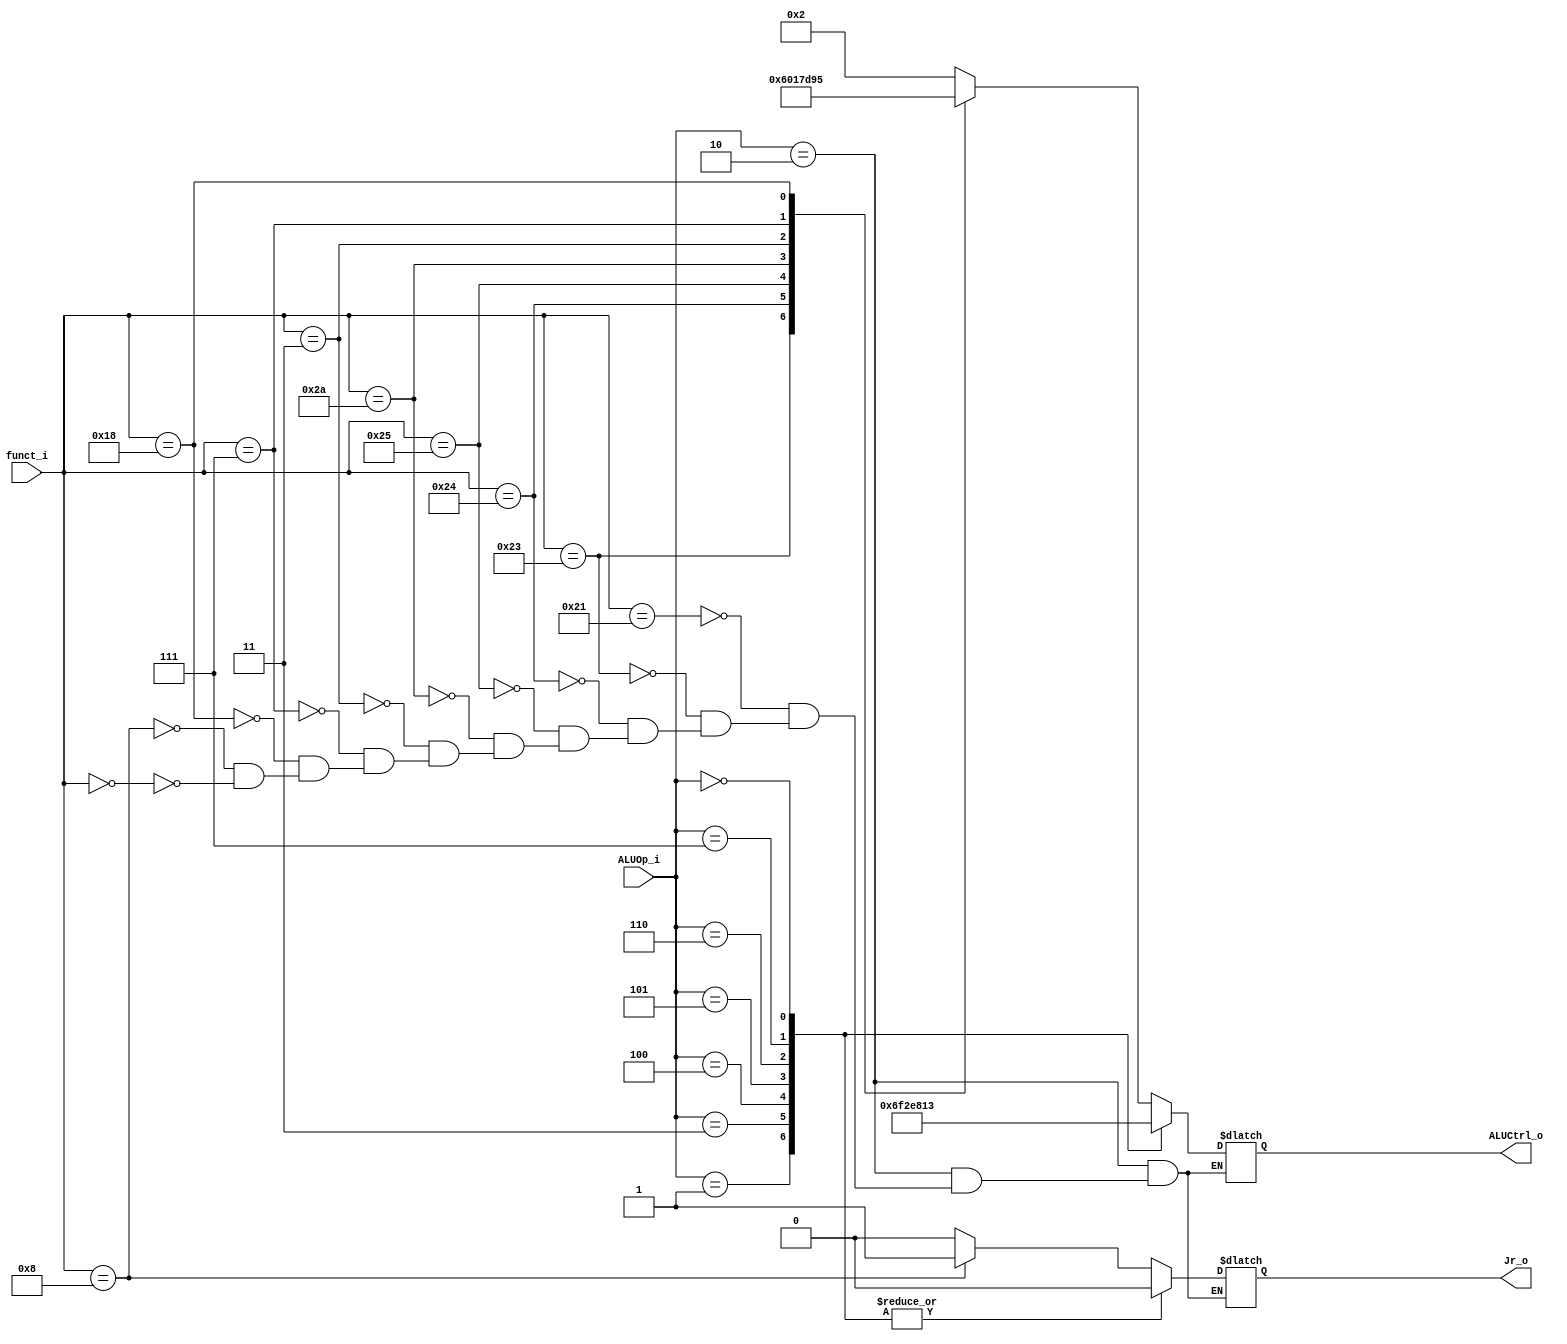
//Subject:     CO project 3 - ALU Controller
//--------------------------------------------------------------------------------
//Version:     1
//--------------------------------------------------------------------------------
//Writer:      0616223 0616059
//----------------------------------------------
//Date:        5/20
//----------------------------------------------
//Description: determine which control code should give to ALU
//--------------------------------------------------------------------------------

module ALU_Ctrl(
          funct_i,
          ALUOp_i,
          ALUCtrl_o,
          Jr_o
          );
          
//I/O ports 
input      [6-1:0] funct_i;
input      [3-1:0] ALUOp_i;

output     [4-1:0] ALUCtrl_o;    
output 						 Jr_o;
//Internal Signals
reg        [4-1:0] ALUCtrl_o;
reg								 Jr_o;

//Parameter

       
//Select exact operation
always @( * )
	begin
		case(ALUOp_i)

			3'b010 : //R-type
				begin
					case(funct_i)
						6'b100001 : begin
							ALUCtrl_o = 4'b0010; //add
							Jr_o = 1'b0;
							end

						6'b100011 : begin
							ALUCtrl_o = 4'b0110; //sub
							Jr_o = 1'b0;
							end

						6'b100100 : begin
							ALUCtrl_o = 4'b0000; //and
							Jr_o = 1'b0;
							end

						6'b100101 : begin
							ALUCtrl_o = 4'b0001; //or
							Jr_o = 1'b0;
							end

						6'b101010 : begin
							ALUCtrl_o = 4'b0111; //slt
							Jr_o = 1'b0;
							end

						6'b000011 : begin
							ALUCtrl_o = 4'b1101; //sra
							Jr_o = 1'b0;
							end

						6'b000111 : begin
							ALUCtrl_o = 4'b1001; //srav
							Jr_o = 1'b0;
							end

						6'b011000 : begin
							ALUCtrl_o = 4'b0101; //mul
							Jr_o = 1'b0;
							end

						6'b001000 : begin
							ALUCtrl_o = 4'b0010; //jr
							Jr_o = 1'b1;
							end

						6'b000000 : begin
							ALUCtrl_o = 4'b0010; //nop
							Jr_o = 1'b0;
						end
					endcase
				end
			
			3'b001 : begin
				ALUCtrl_o = 4'b0110;// beq
				Jr_o = 1'b0;
				end
			3'b011 : begin
				ALUCtrl_o = 4'b1111;// bne, bnez
				Jr_o = 1'b0;
				end
			3'b100 : begin
				ALUCtrl_o = 4'b0010;// addi, lw, sw, li
				Jr_o = 1'b0;
				end
			3'b101 : begin
				ALUCtrl_o = 4'b1110;// bltz
				Jr_o = 1'b0;
				end
			3'b110 : begin
				ALUCtrl_o = 4'b1000;// lui
				Jr_o = 1'b0;
				end
			3'b111 : begin
				ALUCtrl_o = 4'b0001;// ori
				Jr_o = 1'b0;
				end
			3'b000 : begin 
				ALUCtrl_o = 4'b0011;//ble
				Jr_o = 1'b0;
			end
		endcase
	end
endmodule